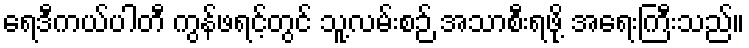
ရေဒီကယ်ပါတီ ကွန်ဖရင့်တွင် သူ့လမ်းစဉ် အသာစီးရဖို့ အရေးကြီးသည်။